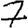
Digit: 7